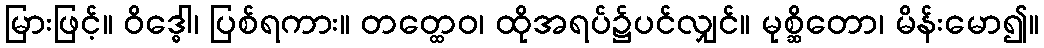
မြားဖြင့်။ ဝိဒ္ဓေါ၊ ပြစ်ရကား။ တတ္ထေဝ၊ ထိုအရပ်၌ပင်လျှင်။ မုစ္ဆိတော၊ မိန်းမော၍။